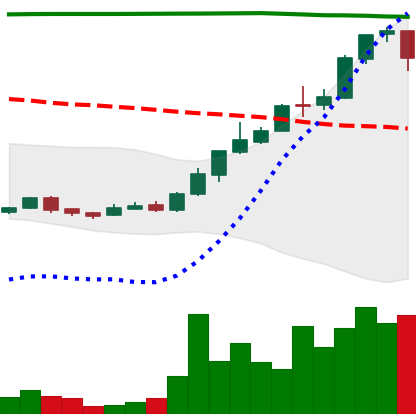
Ticker: DOGE-USD
Chart end date: 2018-04-21
Forward return: 3.953%
Label: up_3_5